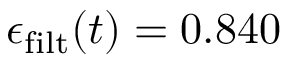
\epsilon _ { \mathrm { f i l t } } ( t ) = 0 . 8 4 0